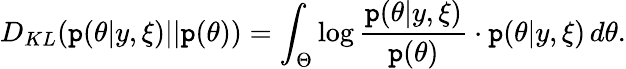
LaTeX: D_{KL}(\mathtt{p}(\theta|y,\xi)||\mathtt{p}(\theta))=\int_{\Theta}\log\frac{{\mathtt{p}(\theta|y,\xi)}}{{\mathtt{p}(\theta)}}\cdot\mathtt{p}(\theta|y,\xi)\, d\theta.